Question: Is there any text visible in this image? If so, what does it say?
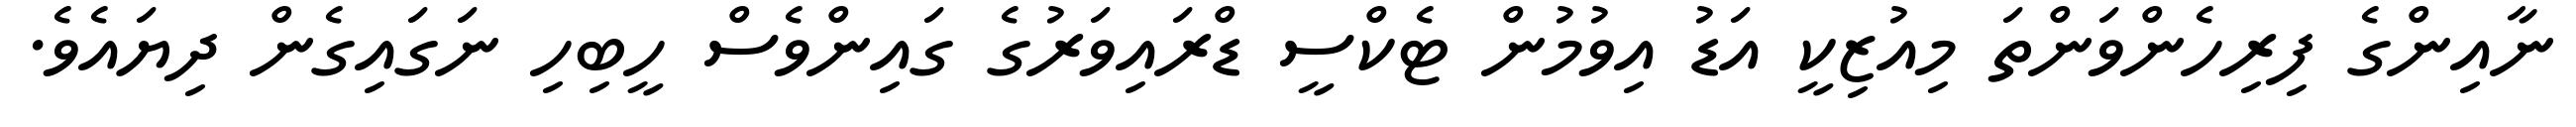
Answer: ނާއިންގެ ފިރިހެންވަންތަ މިއުޒިކީ އަޑު އިވުމުން ޓެކްސީ ޑްރައިވަރުގެ ގައިންވެސް ހީބިހި ނަގައިގެން ދިޔައެވެ.